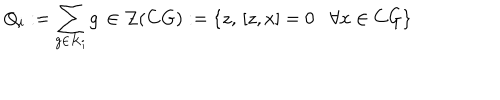
LaTeX: Q _ { i } : = \sum _ { g \in K _ { i } } g \, \in \mathcal { Z } ( \mathbf { C } G ) : = \left\{ z , \, \left[ z , x \right] = 0 \, \, \, \, \, \forall x \in C G \right\} \, \,